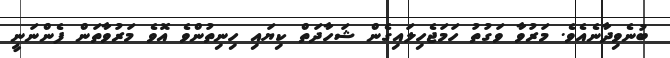
ބުނެވިދާނެއެވެ. މަރުވާ ވަގުތު ހަމަޖެހިލައިގެން ޝަހާދަތް ކިޔައި ހިނިތުންވެ އޮވެ މަރުވާތަން ފެންނަނީ